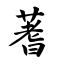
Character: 蓍